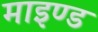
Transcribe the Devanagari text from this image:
माइण्ड